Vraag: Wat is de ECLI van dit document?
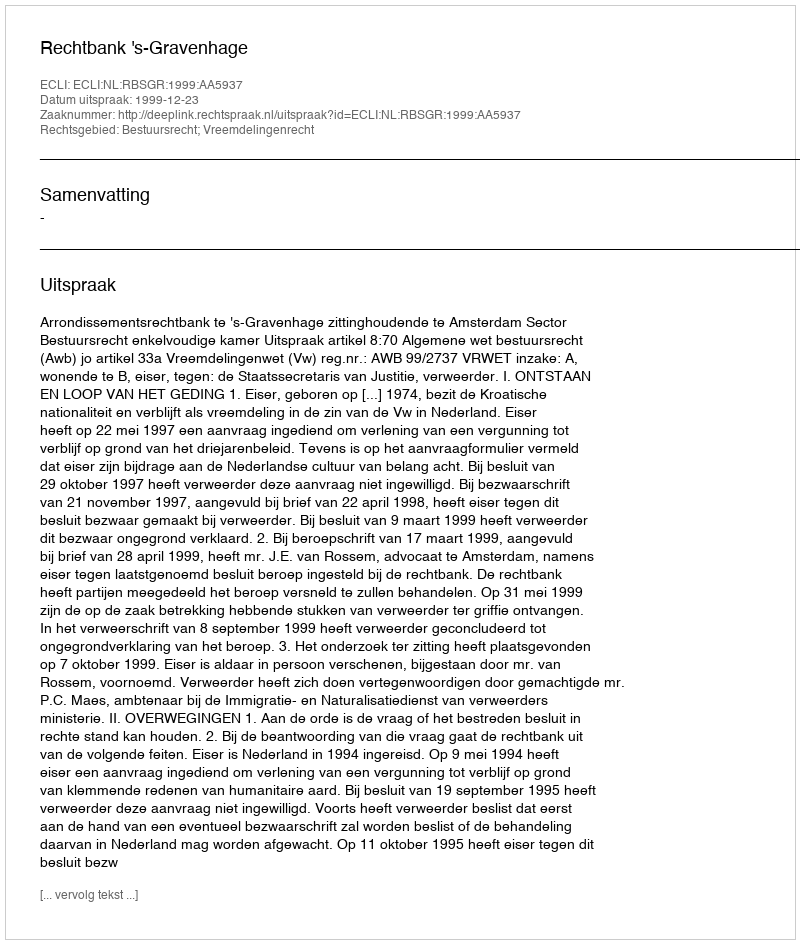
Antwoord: ECLI:NL:RBSGR:1999:AA5937